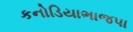
કનોડિયાભાજપા